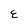
Character: E